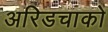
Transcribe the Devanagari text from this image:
अरिडचाको